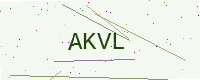
Text: AKVL